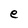
Character: e